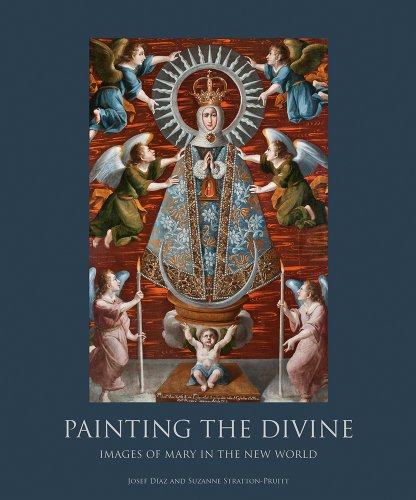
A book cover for Painting the Divine: Images of Mary in the New World; Josef Diaz; Arts & Photography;